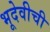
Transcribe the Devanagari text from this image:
भूदेवीची